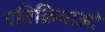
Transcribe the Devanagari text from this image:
प्रतिक्रियाओ